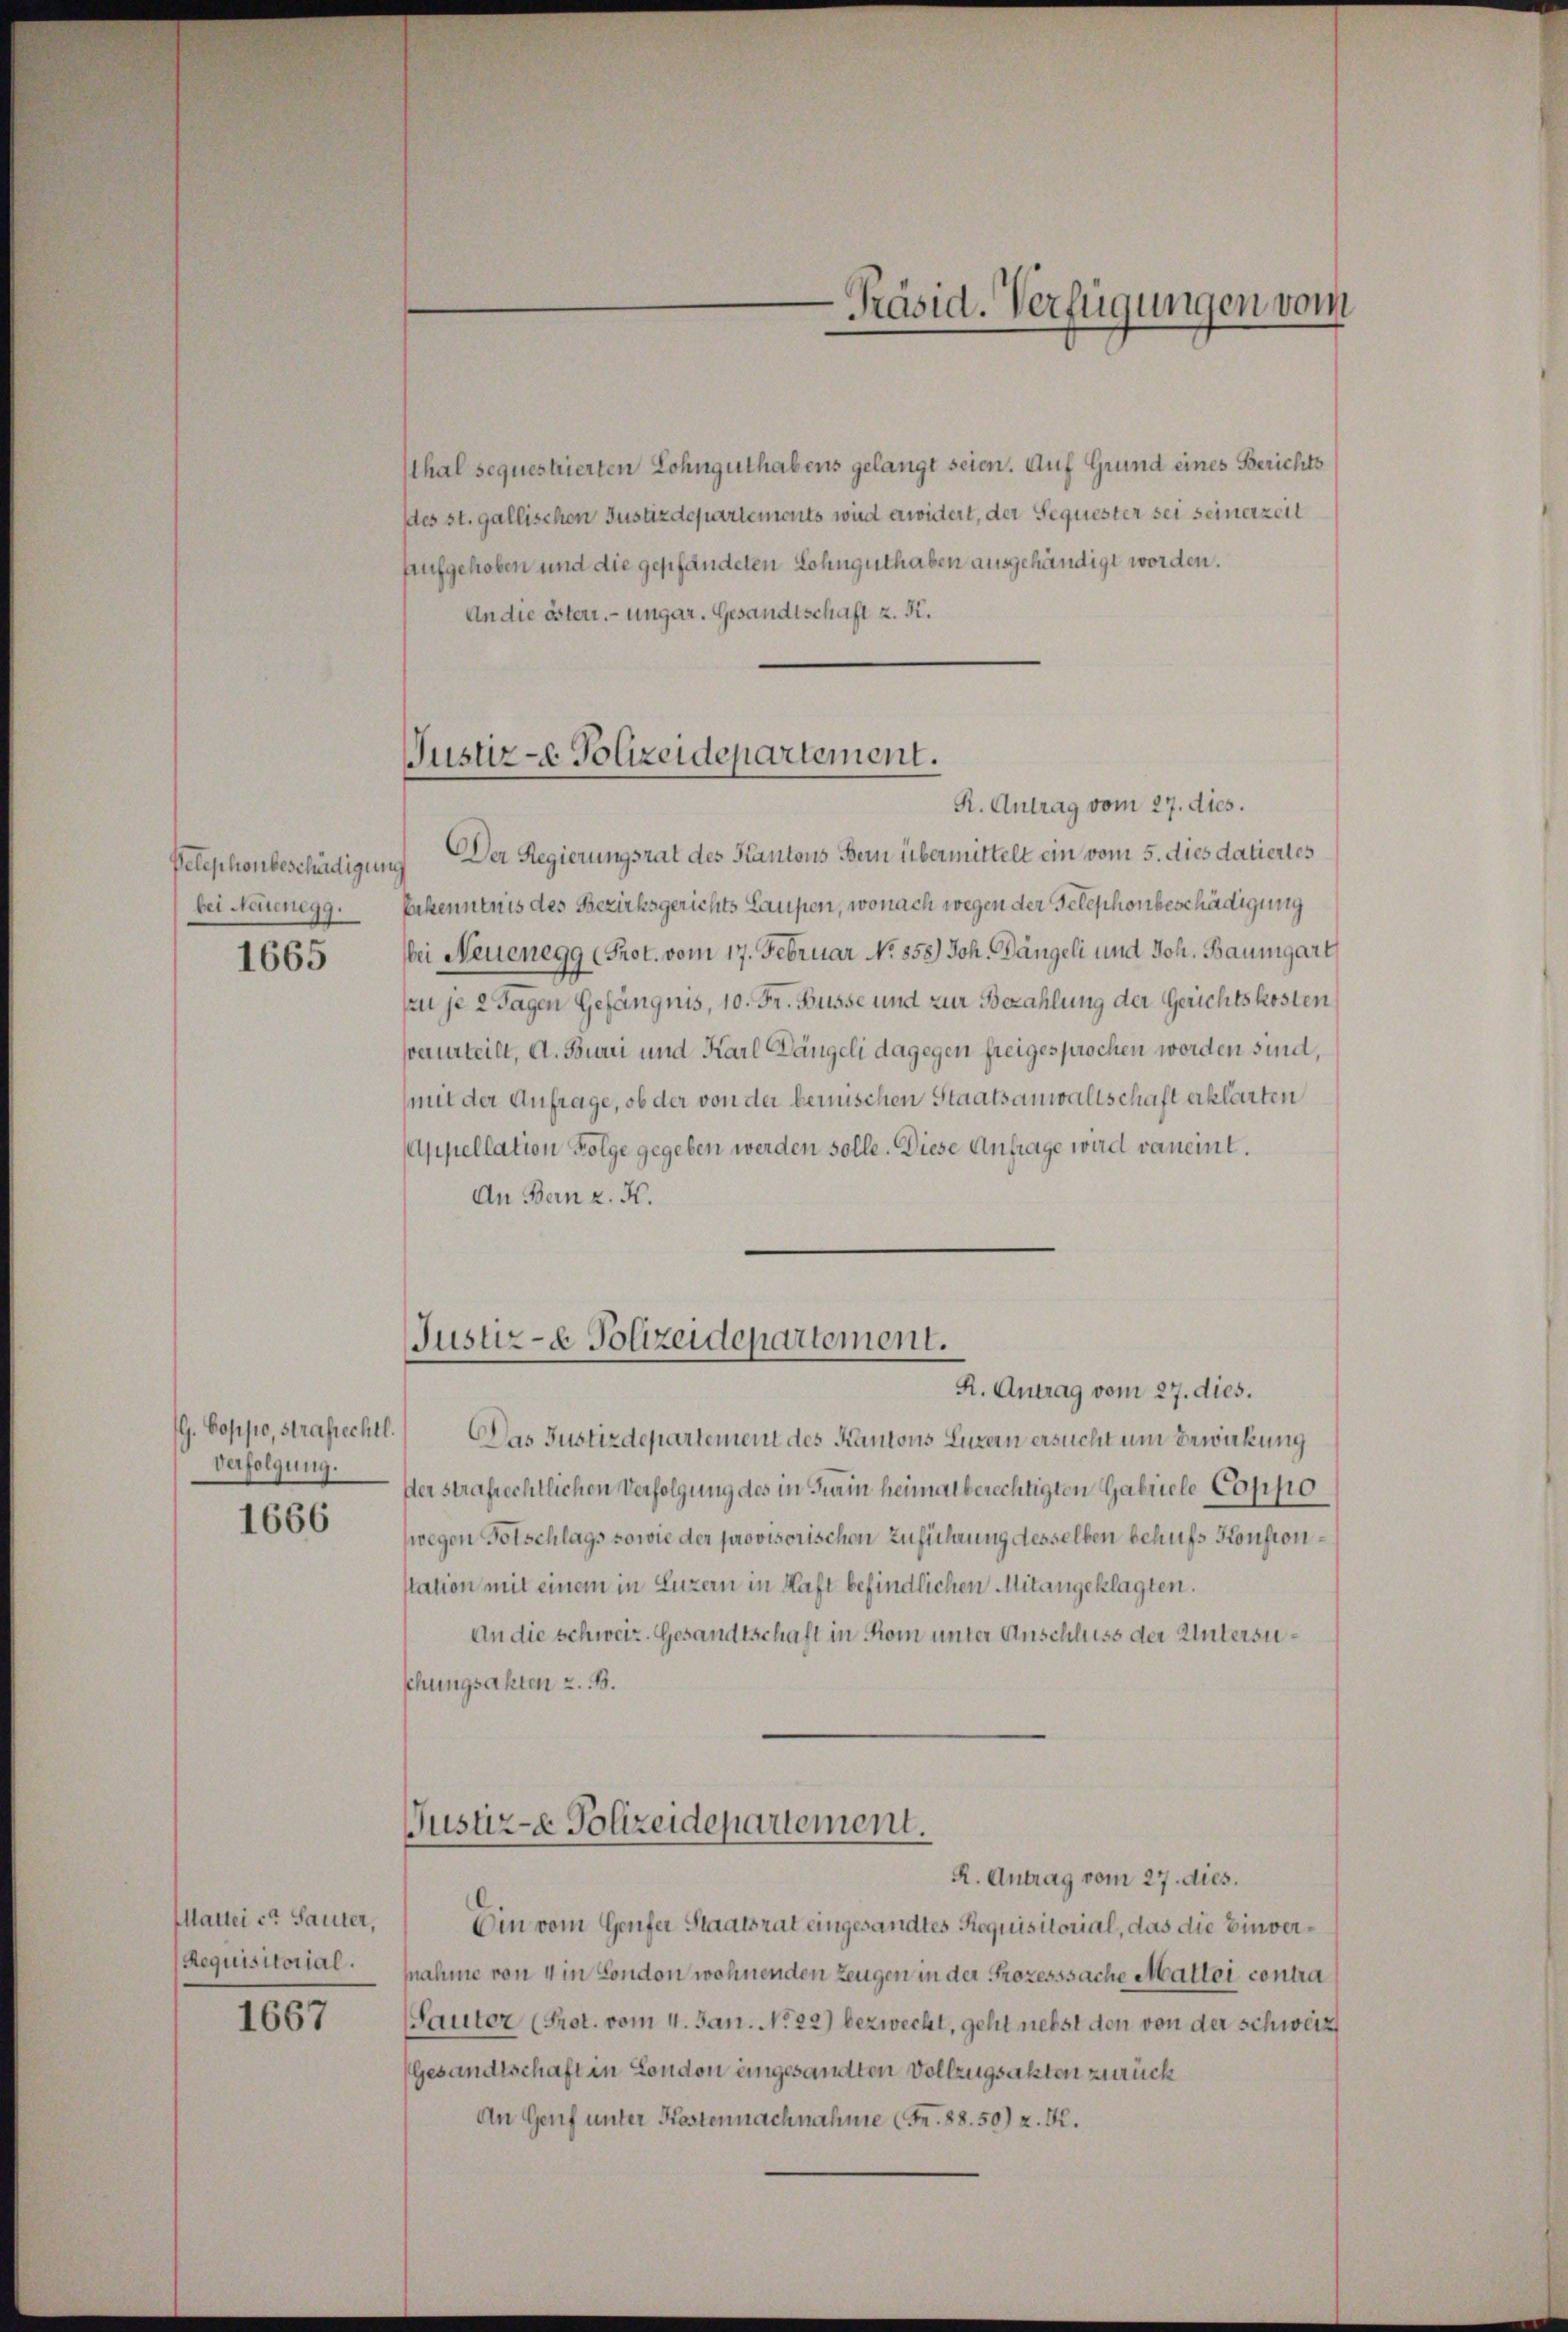
Pelephonbeschädigung
bei Neuenegg.

1665

G. Boppo, Strafrechtl.
Verfolgung.

1666

Martei et Sauter,
Requisitorial.

1667

thal sequestrierten Lohnguthabens gelangt seien. Auf Grund eines Berichts
ddes st. gallischen Justizdepartements wird erwidert, der Sequester sei seinerzeil
Aufgehoben und die gepfändeten Lohnguthaben ausgehändigt worden.
An die österr. ungar. Gesandtschaft z. K.

Justiz-e Polizeidepartement.

R. Antrag vom 27. dies.
Der Regierungsrat des Kantons Bern übermittelt ein vom 5. dies datiertes
Erkenntnis des Bezirksgerichts Laupen, wonach wegen der Telephonbeschädigung
bei Neuenegg (Prot. vom 17. Februar No. 858) Joh. Dängeli und Joh. Baumgart
szu je 2 Tagen Gefängnis, 10. Fr. Büsse und zur Bezahlung der Gerichtskosten
verurteilt, A. Buri und Karl Längeli dagegen freigesprochen worden sind,
mit der Anfrage, ob der von der bemischen Staatsanwaltschaft erklärten
Appellation Folge gegeben werden solle. Diese Anfrage wird voneint.
An Bern z. K.

Justiz- & Polizeidepartement.

Präsid. Verfügungen vom

R. Antrag vom 27. dies.
Das Justizdepartement des Kantons Luzern ersucht um Erwirkung
ser strafrechtlichen Verfolgung des in Turin heimalberechtigten Gabricle Coppo
wegen Totschlags sowie der provisorischen Zuführung desselben behufs Konsionstation mit einem in Luzern in Haft befindlichen Mitangeklagten.
An die schweiz. Gesandtschaft in Rom unter Anschluss der Untersuschungsakten z. B.
Justiz-e Polizeidepartement.
R. Antrag vom 27. dies.
Din vom Genfer Staatsrat eingesandtes Requisitorial, das die Einvernahme von 4 in London wohnenden Zeugen in der Prozesssache Matti contra
(Sauter (Prot. vom 4. Jan. No 22) bezweckt, geht nebst den von der Schweiz
Gesandtschaft in London eingesandten Vollzugsakten zurück
An Genf unter Kostennachnahme (Fr. 88. 50) z. B.